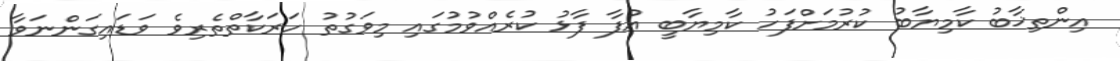
އިންތިޚާބު ކާމިޔާބު ކުރުމަށްފަހު ކާމިޔާބީ އުފާ ފާޅު ކުރެއްވުމުގައި މިވަގުތު ހަރަކާތްތެރިވެ ވަޑައިގަންނަވާ